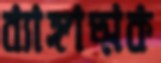
ব্যাঙ্গাত্মক